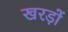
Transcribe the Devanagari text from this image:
खरड़ों